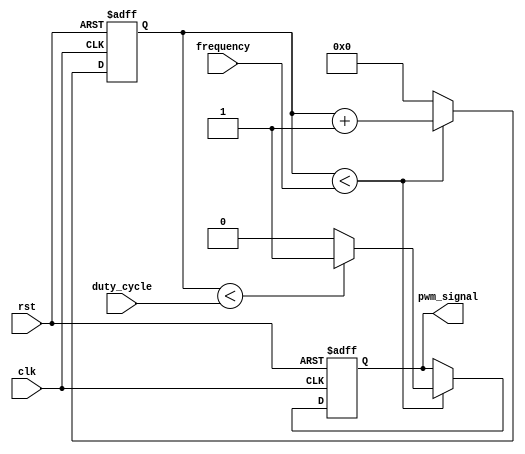
module PWM_Pulse_Generator(
    input clk,
    input rst,
    input [7:0] duty_cycle,
    input [15:0] frequency,
    output reg pwm_signal
);

reg [15:0] count;

always @(posedge clk or posedge rst) begin
    if (rst) begin
        count <= 16'd0;
        pwm_signal <= 1'b0;
    end else begin
        if (count < frequency) begin
            if (count < duty_cycle) begin
                pwm_signal <= 1'b1;
            end else begin
                pwm_signal <= 1'b0;
            end
            count <= count + 1;
        end else begin
            count <= 16'd0;
        end
    end
end

endmodule